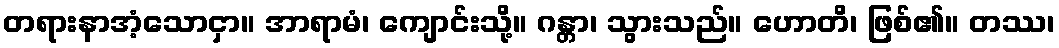
တရားနာအံ့သောငှာ။ အာရာမံ၊ ကျောင်းသို့။ ဂန္တာ၊ သွားသည်။ ဟောတိ၊ ဖြစ်၏။ တဿ၊